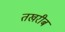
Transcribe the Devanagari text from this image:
तखरीब